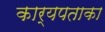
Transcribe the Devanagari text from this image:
कार्यपताका